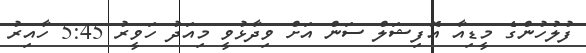
ފުލުހުންގެ މީޑިއާ އޮފިޝަލް ސަން އަށް ވިދާޅުވީ މިއަދު ހަވީރު 5:45 ހާއިރު